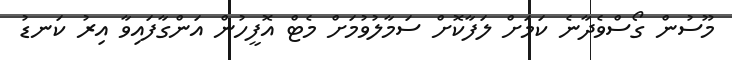
މޫސުން ގޯސްވެދާނެ ކަމަށް ލަފާކޮށް ސަމާލުވުމަށް މެޓް އޮފީހުން އަންގާފައިވާ އިރު ކަނޑު